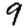
Digit: 9